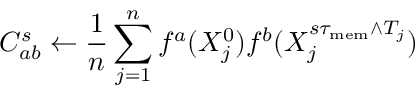
C _ { a b } ^ { s } \gets \frac { 1 } { n } \sum _ { j = 1 } ^ { n } f ^ { a } ( X _ { j } ^ { 0 } ) f ^ { b } ( X _ { j } ^ { s \tau _ { \mathrm { m e m } } \wedge T _ { j } } )